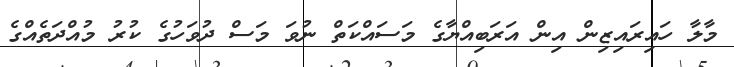
މާލާ ހައިރައިޒިން އިން އަރަބިއްޔާގެ މަސައްކަތް ނުވަ މަސް ދުވަހުގެ ކުރު މުއްދަތެއްގެ